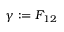
\gamma : = F _ { 1 2 }